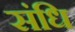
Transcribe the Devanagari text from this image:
संधि